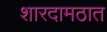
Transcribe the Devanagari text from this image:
शारदामठात